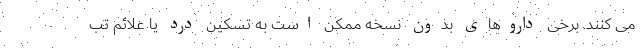
می کنند. برخی داروهای بدون نسخه ممکن است به تسکین درد یا علائم تب